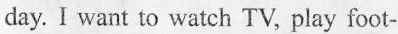
day. I want to watch TV, play foot-